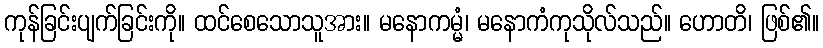
ကုန်ခြင်းပျက်ခြင်းကို။ ထင်စေသောသူအား။ မနောကမ္မံ၊ မနောကံကုသိုလ်သည်။ ဟောတိ၊ ဖြစ်၏။